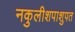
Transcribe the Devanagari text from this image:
नकुलीशपाशुपत